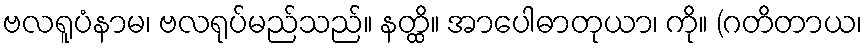
ဗလရူပံနာမ၊ ဗလရုပ်မည်သည်။ နတ္ထိ။ အာပေါဓာတုယာ၊ ကို။ (ဂတိတာယ၊